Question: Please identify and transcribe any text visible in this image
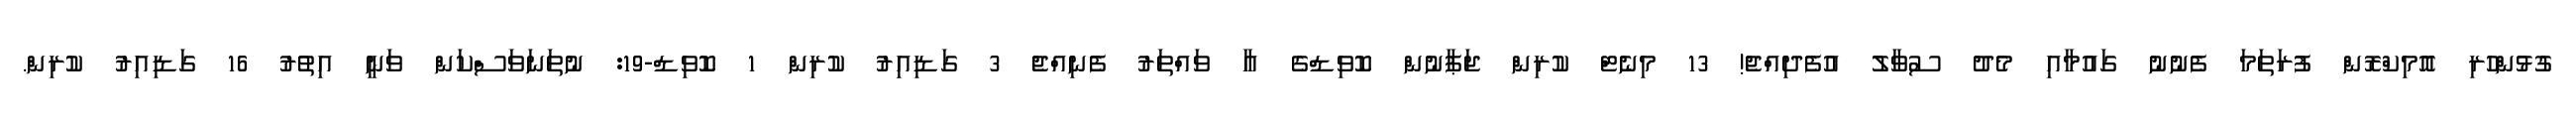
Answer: ގުޅުންހުރި އޮމިކްރޮން ފުރަތަމަ ފެނުނު ގައުމާއި މެދު ސުވާލު އުފެދިއްޖެ! 13 މިނެޓް ކުރިން ޖަޕާނުން ކޮވިޑްގެ އާ ވައްތަރު ފެނިއްޖެ 3 ގަޑިއިރު ކުރިން 1 ކޮވިޑް-19: ނުތަނަވަސްކަން ވަނީ އިތުރު 16 ގަޑިއިރު ކުރިން.